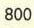
800